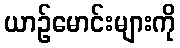
ယာဉ်မောင်းများကို